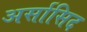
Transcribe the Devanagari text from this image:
अर्सासिद